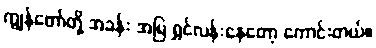
ကျွန်တော်တို့ အခန်း အမြဲ ရွှင်လန်းနေတော့ ကောင်းတယ်။